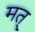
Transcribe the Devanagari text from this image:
मत्